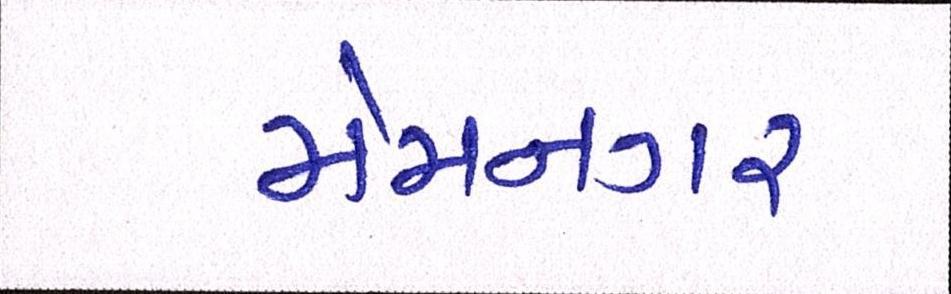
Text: મેમનગર